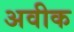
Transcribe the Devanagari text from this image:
अवीक